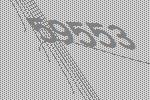
59553